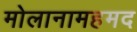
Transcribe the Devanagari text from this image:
मोलानामहमद